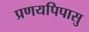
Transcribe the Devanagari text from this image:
प्रणयपिपासु